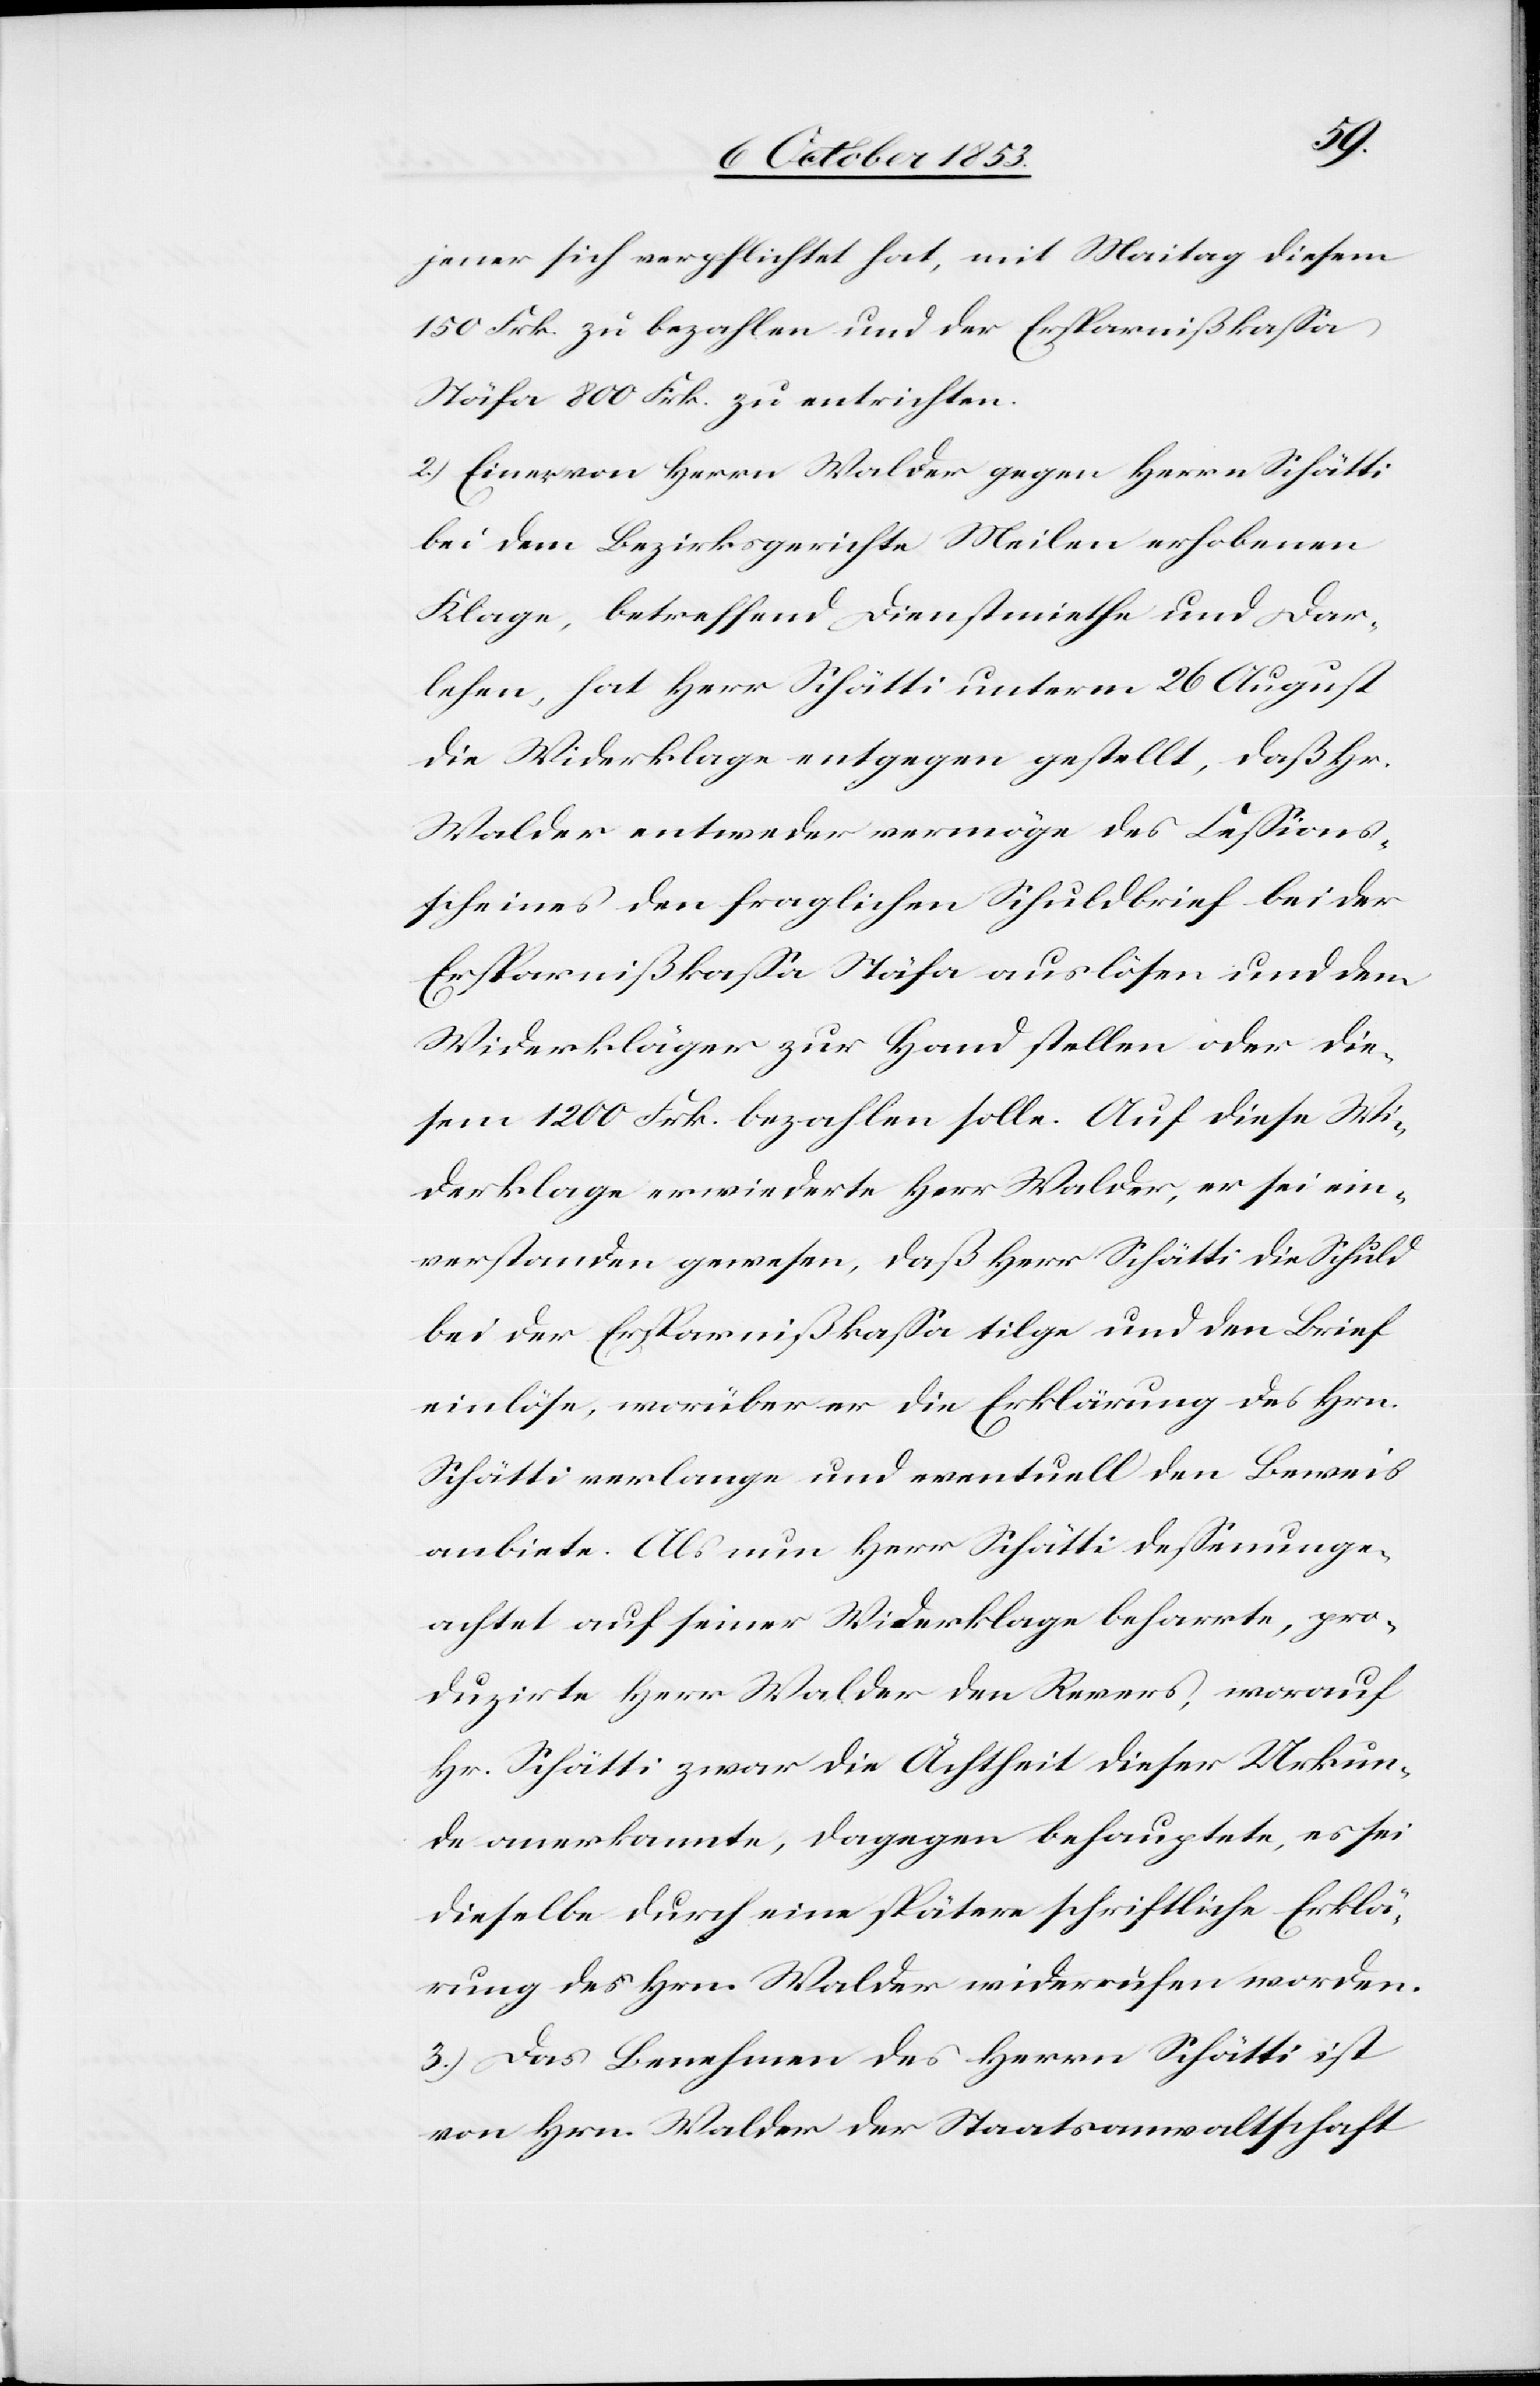
jener sich verpflichtet hat, mit Maitag diesem
150 Frk. zu bezahlen und der Ersparnißkaßa
Stäfa 800 Frk. zu entrichten.
2.) Einer von Herrn Walder gegen Herrn Schätti
bei dem Bezirksgerichte Meilen erhobenen
Klage, betreffend Dienstmiethe und Dar¬
lehen, hat Herr Schätti unterm 26 August
die Widerklage entgegen gestellt, daß Hr.
Walder entweder vermöge des Ceßions¬
scheines den fraglichen Schuldbrief bei der
Ersparnißkaßa Stäfa auslösen und dem
Wiederkläger zur Hand stellen oder die¬
sem 1200 Frk. bezahlen solle. Auf diese Wi¬
derklage erwiederte Herr Walder, er sei ein¬
verstanden gewesen, daß Herr Schätti die Schuld
bei der Ersparnißkaßa tilge und den Brief
einlöse, worüber er die Erklärung des Hrn.
Schätti verlange und eventuell den Beweis
anbiete. Als nun Herr Schätti deßenunge¬
achtet auf seiner Widerklage beharrte, pro¬
duzirte Herr Walder den Revers, worauf
Hr. Schätti zwar die Ächtheit dieser Urkun¬
de anerkannte, dagegen behauptete, es sei
dieselbe durch eine spätere schriftliche Erklä¬
rung des Hrn. Walder widerrufen worden.
3.) Das Benehmen des Herrn Schätti ist
von Hrn. Walder der Staatsanwaltschaft